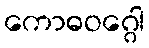
ကောဓဝဂ္ဂေါ